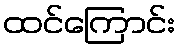
ထင်ကြောင်း